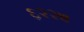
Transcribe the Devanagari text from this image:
६२२७